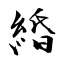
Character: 緍